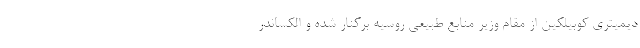
دیمیتری کوبیلکین از مقام وزیر منابع طبیعی روسیه برکنار شده و الکساندر